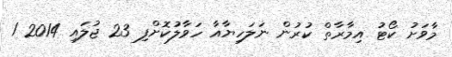
މާވަށު ކޯޓު އިމާރާތް ކުރުން ނަލަހިޔާއާ ހަވާލުކޮށްފި 23 ޖުލައި 2014 1